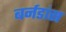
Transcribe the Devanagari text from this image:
बर्नडांस